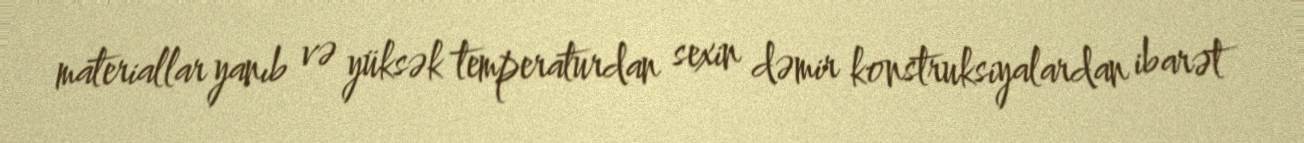
materiallar yanıb və yüksək temperaturdan sexin dəmir konstruksiyalardan ibarət